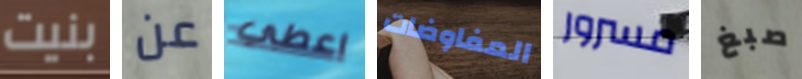
بنيت عن اعطي المفاوضات مسرور صبغ